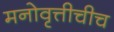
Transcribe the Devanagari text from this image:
मनोवृत्तीचीच